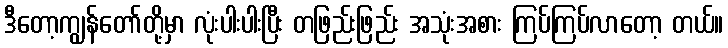
ဒီတော့ကျွန်တော်တို့မှာ လုံးပါးပါးပြီး တဖြည်းဖြည်း အသုံးအစား ကြပ်ကြပ်လာတော့ တယ်။